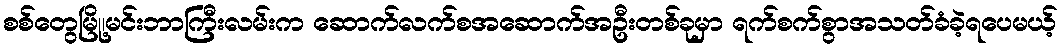
စစ်တွေမြို့၊မင်းဘာကြီးလမ်းက ဆောက်လက်စအဆောက်အဦးတစ်ခုမှာ ရက်စက်စွာအသတ်ခံခဲ့ရပေမယ့်